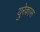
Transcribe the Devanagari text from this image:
युरेकास